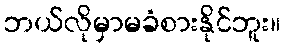
ဘယ်လိုမှာမခံစားနိုင်ဘူး။